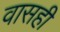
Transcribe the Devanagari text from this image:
वासही